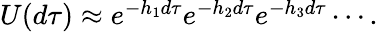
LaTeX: \begin{array}{r}{U(d\tau)\approx e^{-h_{1}d\tau}e^{-h_{2}d\tau}e^{-h_{3}d\tau}\cdots.}\end{array}